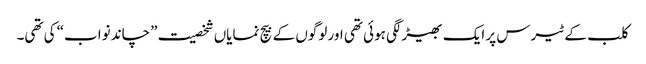
کلب کے ٹیرس پر ایک بھیڑ لگی ہوئی تھی اور لوگوں کے بیچ نمایاں شخصیت ”چاند نواب“ کی تھی۔